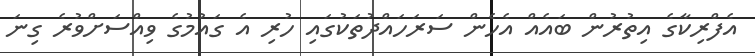
އެފްރިކާގެ އިތުރުން ބައެއް އެހެން ސަރަހައްދުތަކުގައި ހުރި އެ ގައުމުގެ ވިއްސަށްވުރެ ގިނަ